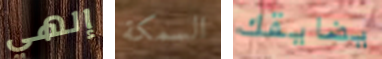
إلهي السمكة يضايقك